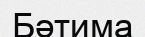
Бәтима